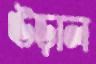
ঊড়াল